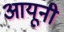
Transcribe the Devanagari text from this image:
आयूनी